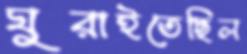
ঘুরাইতেছিল